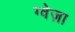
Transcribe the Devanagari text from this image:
ग्वेज़ा